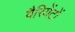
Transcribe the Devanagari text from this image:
वैरियेंटों